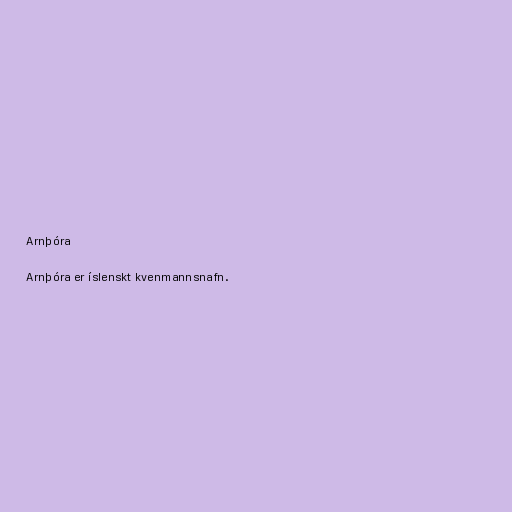
Arnþóra

Arnþóra er íslenskt kvenmannsnafn.